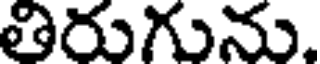
తిరుగును.